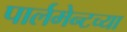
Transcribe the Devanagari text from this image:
पार्लमेन्टच्या